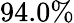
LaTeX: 94.0\%